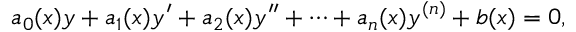
a _ { 0 } ( x ) y + a _ { 1 } ( x ) y ^ { \prime } + a _ { 2 } ( x ) y ^ { \prime \prime } + \cdots + a _ { n } ( x ) y ^ { ( n ) } + b ( x ) = 0 ,